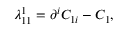
\lambda _ { 1 1 } ^ { 1 } = \partial ^ { i } C _ { 1 i } - C _ { 1 } ,